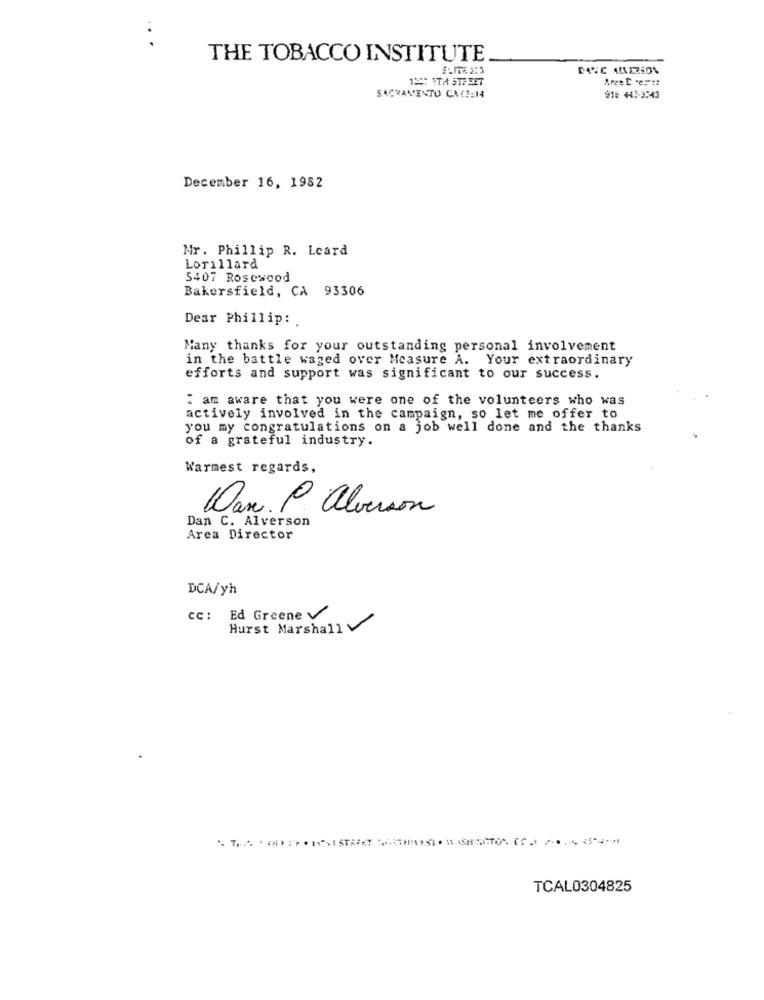
THE TOBACCO INSTITUTE
135: 3TH STFEET
SACRAMENTO CACENA
916 443-3543
December 16, 1982
Mr. Phillip R. Lcard
Lorillard
5407 Rosewood
Bakersfield, CA 93306
Dear Phillip :.
Many thanks for your outstanding personal involvement
in the battle waged over Measure A. Your extraordinary
efforts and support was significant to our success.
I am aware that you were one of the volunteers who was
actively involved in the campaign, so let me offer to
you my congratulations on a job well done and the thanks
of a grateful industry.
Warmest regards,
Dan. P alverson
Dan C. Alverson
Area Director
DCA/yh
cc: Ed Greene
Hurst Marshall
TCAL0304825